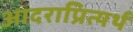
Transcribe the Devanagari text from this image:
आदराप्रित्यर्थ